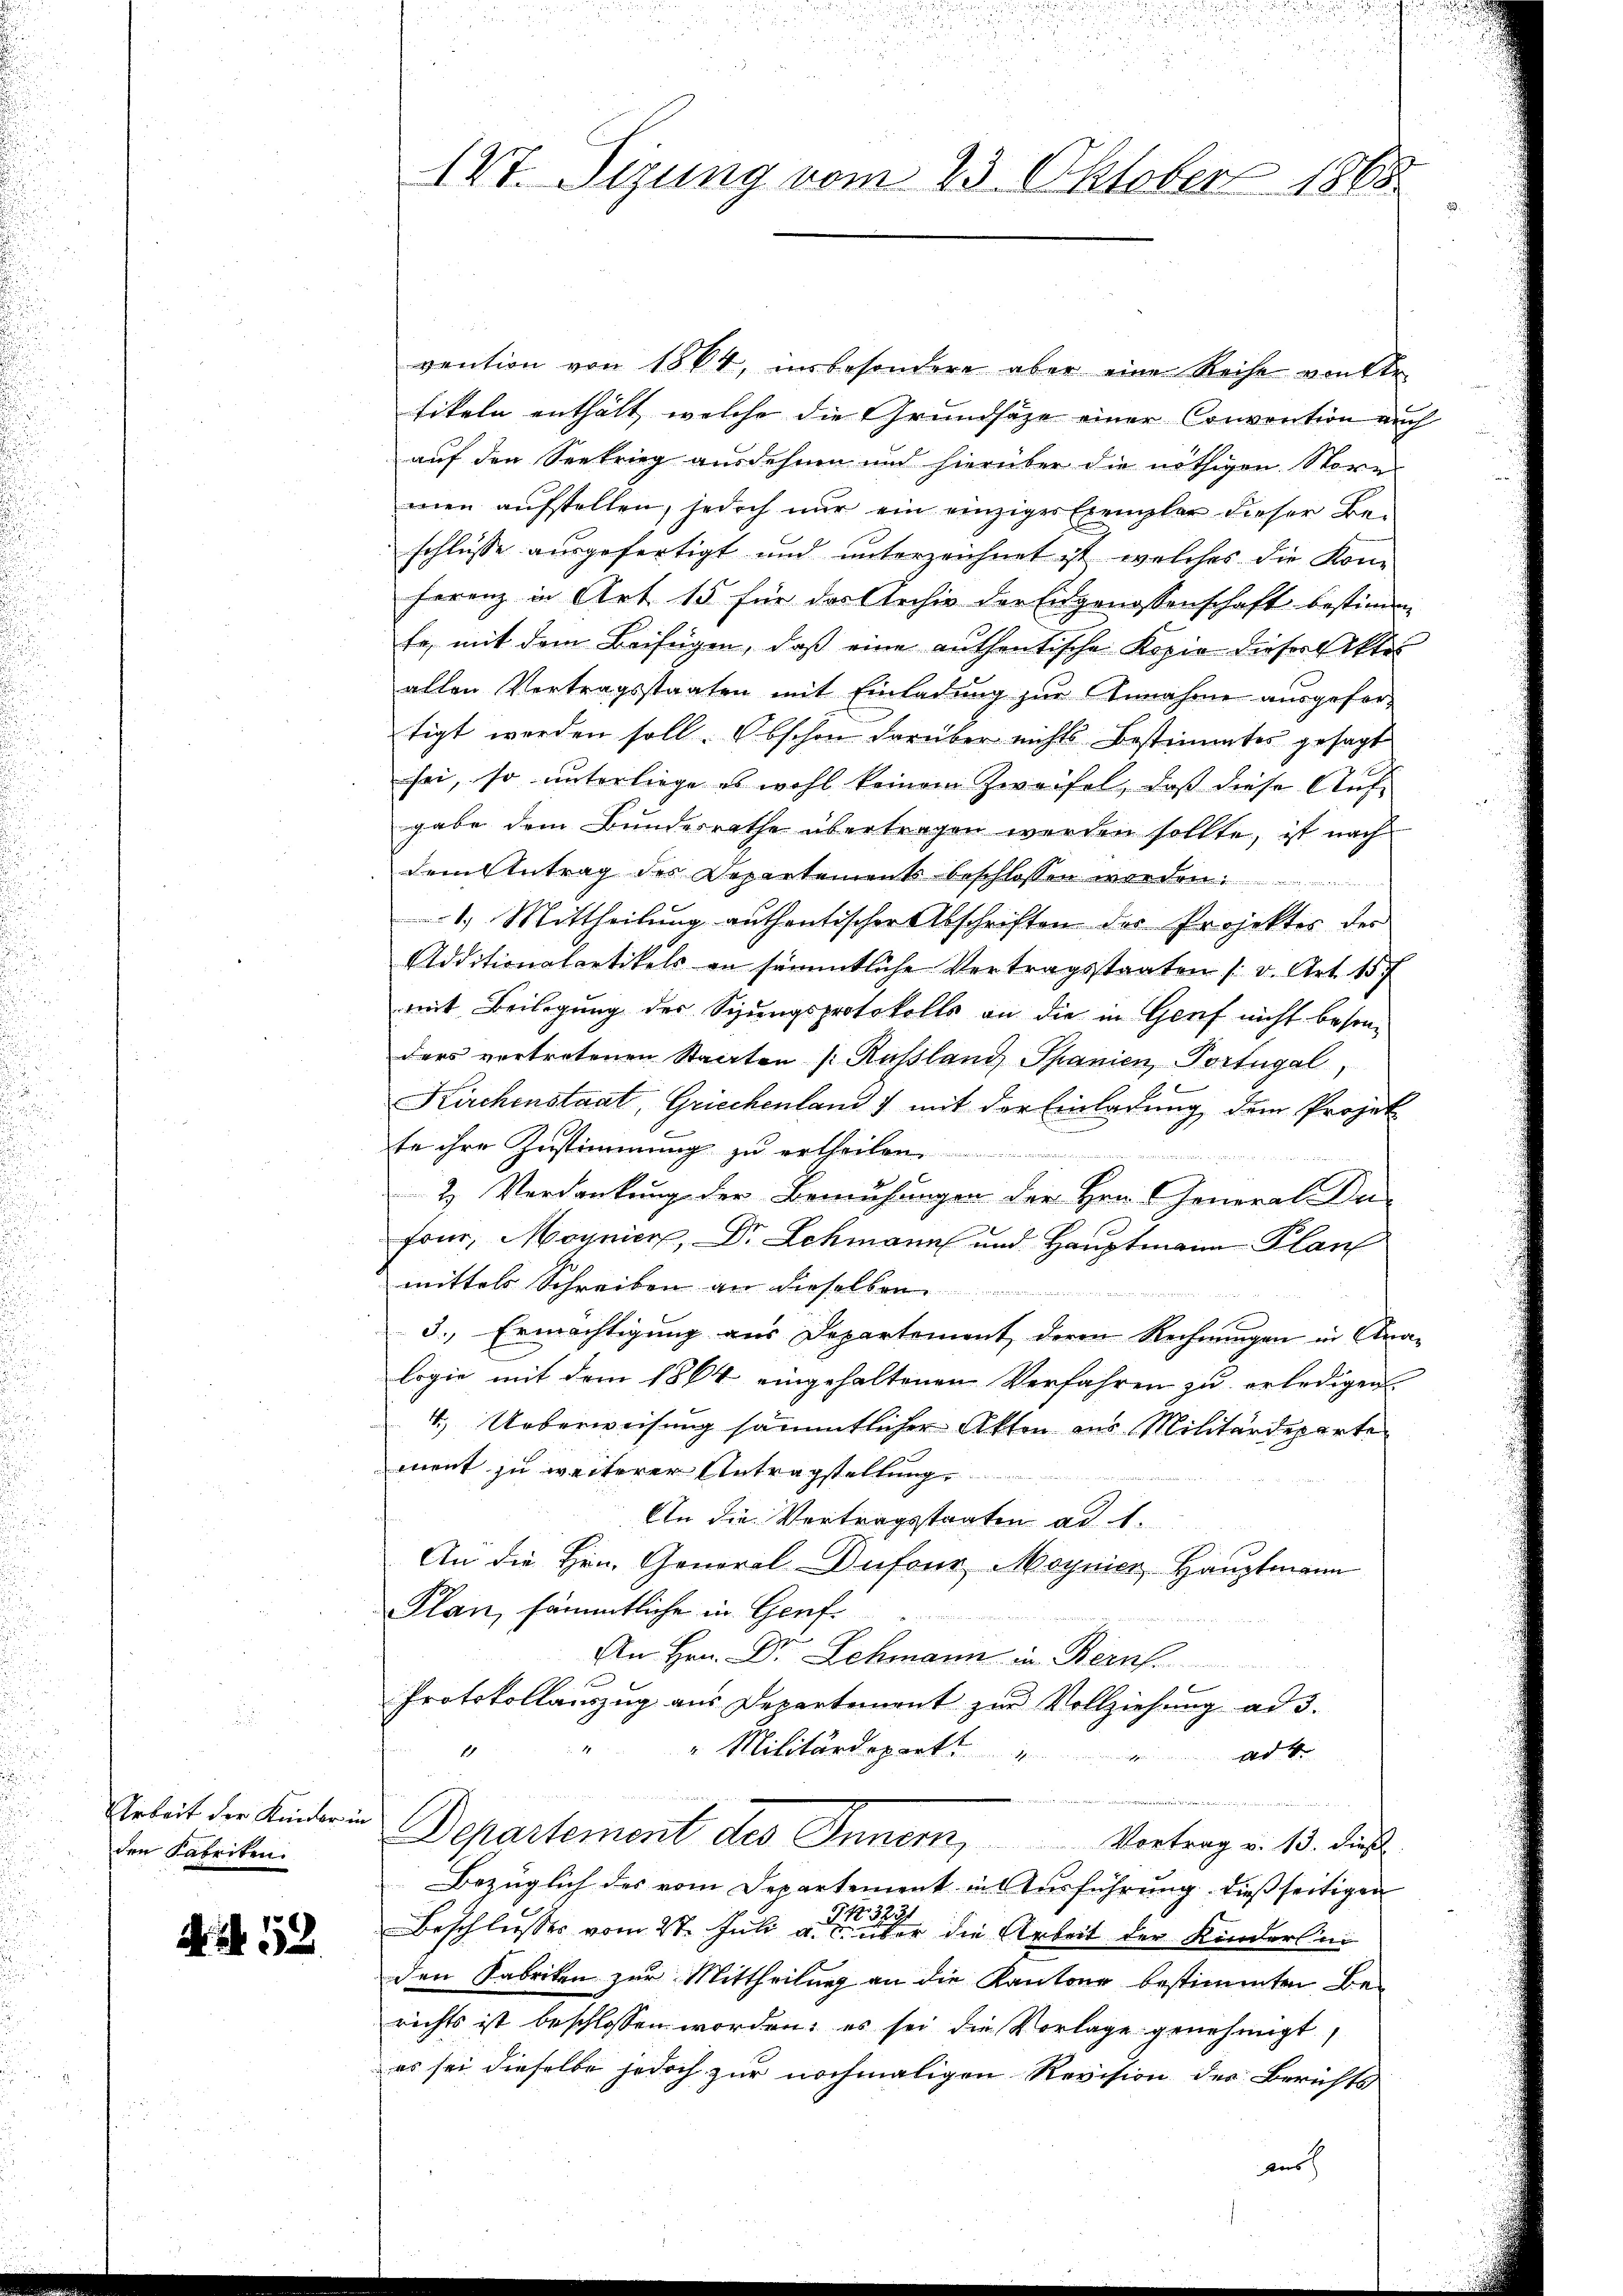
Arbeit der Kinder in
den Fabriken.

AR 52

1Vt. Sizung vom 23. Oktober 1865.

vention von 1864, in besondere aber einen Reihe von Ste
tikeln enthält, welche die Grundsätze einer Convention auch
auf den Seekrieg ausdehnen und hierüber die nöthigen Store
men aufstellen, jedoch nur ein einziger Exemplar dieser Beschlüsse ausgefertigt und unterzeichnet ist, welches die Kom
ferenz in Art 15 für das Archiv der Eidgenossenschaft bestimm
te, mit dem Beifügen, daß eine authentische Kopie dieser Aktes
allen Vertragsstaaten mit Einladung zur Annahme ausgefortigt werden soll. Obschon darüber nichts bestimmtes gesagt
sei, so unterliege es wohl keinem Zweifel, daß diese Aufgabe dem Bundesrathe übertragen werden sollte, ist nach
dem Antrag des Departement beschlossen werden.
1.) Mittheilung authentischer Abschriften der Projektes des
Additionalartikels an sämmtliche Vertragsstaaten /: v. Art. 157
mit Beilegung des Schungsprotokolls an die in Genf nicht besonders vertretenen Staaten (Russland Spanien, Vortugal,
Kirchenstaat, Griechenland 7 mit der Einladung dem Projek
te ihre Zustimmung zu ertheilen.
2) Verdankung der Bemühungen der Hrn. General De-
Four, Magnier, Dr. Schmann und Hauptmann Plan
mittels Schreiben an dieselben
5., Ermächtigung aus Departement deren Rechnungen in Ana-
logie mit dem 1864 eingehaltenen Verfahren zu erledigen.
1.) Ueberweisung sämmtlicher Akten aus Militärdeparte
ment zu weiterer Antragstellung
An die Vertragsstraten ad 1.
An die Hrn. General-Dufour Moynicz Hauptmann
Plan, sämmtliche in Genf
An Hrn. Dr Lehmann in Bern.
Protokollauszug aus Departement zur Vollziehung ad 3.
1
" " Militärdeparte " " adt.
s            Seiten werden gegenden statte e
Departement des Innern, Vortrag v. 13. dies
Bezüglich des vom Departement in Ausführung dießseitigen
Beschliesses vom 27. Juli autreten die Arbeit der Kinderli
den Fabriken zur Mittheilung an die Kantone bestimmten Be-
richts ist beschlossen worden; es sei die Vorlage genehmigt,
es sei dieselbe jedoch zur nochmaligen Revision des Berichts
aus